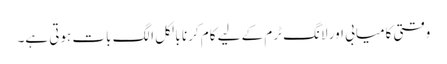
وقتی کامیابی اور لانگ ٹرم کے لیے کام کرنا بالکل الگ بات ہوتی ہے۔